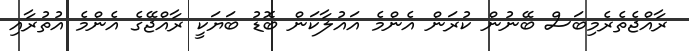
ރާއްޖެތެރެމިބަސް ބޭނުން ކުރަން އެންމެ އައުލާކަން ބޮޑު ބަޔަކީ ރާއްޖޭގެ އެންމެ އުތުރާއި